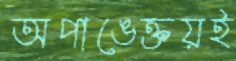
অপাঙেক্তয়ই